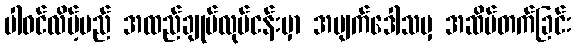
ပါဝင်လိမ့်မည် အထည်ချုပ်လုပ်ငန်းမှာ အမျက်ဒေါသမှ အဆိပ်တက်ခြင်း